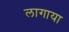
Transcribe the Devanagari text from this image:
लागाया